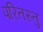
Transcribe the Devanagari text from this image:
परितस्तु